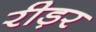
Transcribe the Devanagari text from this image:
रीड़र